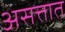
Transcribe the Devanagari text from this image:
असत्तात